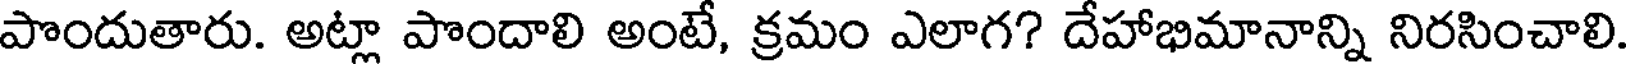
పొందుతారు. అట్లా పొందాలి అంటే, క్రమం ఎలాగ? దేహాభిమానాన్ని నిరసించాలి